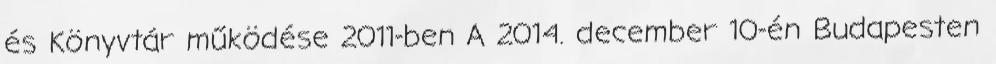
és Könyvtár működése 2011-ben A 2014. december 10-én Budapesten